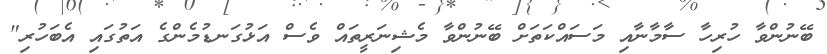
ބޭނުންވާ ހުރިހާ ސާމާނާއި މަސައްކަތަށް ބޭނުންވާ މެޝިނަރީތައް ވެސް އަޅުގަނޑުމެންގެ އަތުގައި އެބަހުރި"